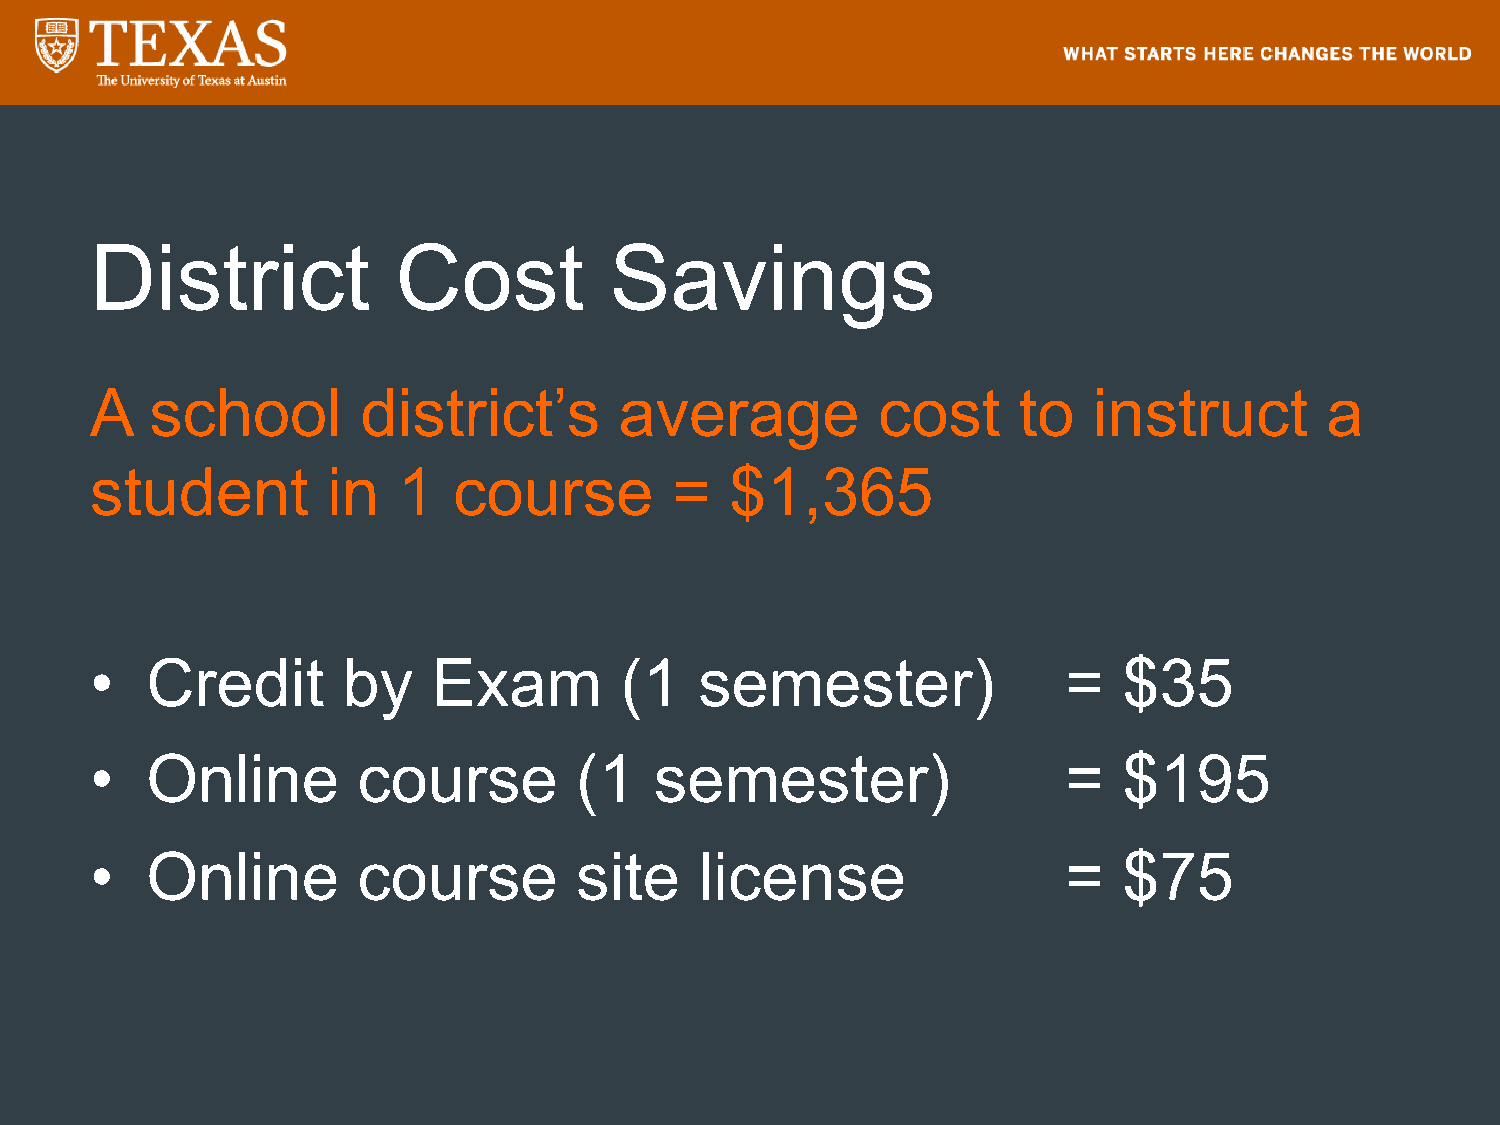
District            Cost          Savings
 A   school        district’s       average          cost     to   instruct        a
 student         in  1   course        =   $1,365
 •   Credit       by    Exam        (1   semester)                =  $35
 •   Online        course        (1   semester)                   =  $195
 •   Online        course        site    license                  =  $75